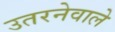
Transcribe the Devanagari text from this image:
उतरनेवाले